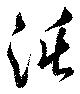
沌